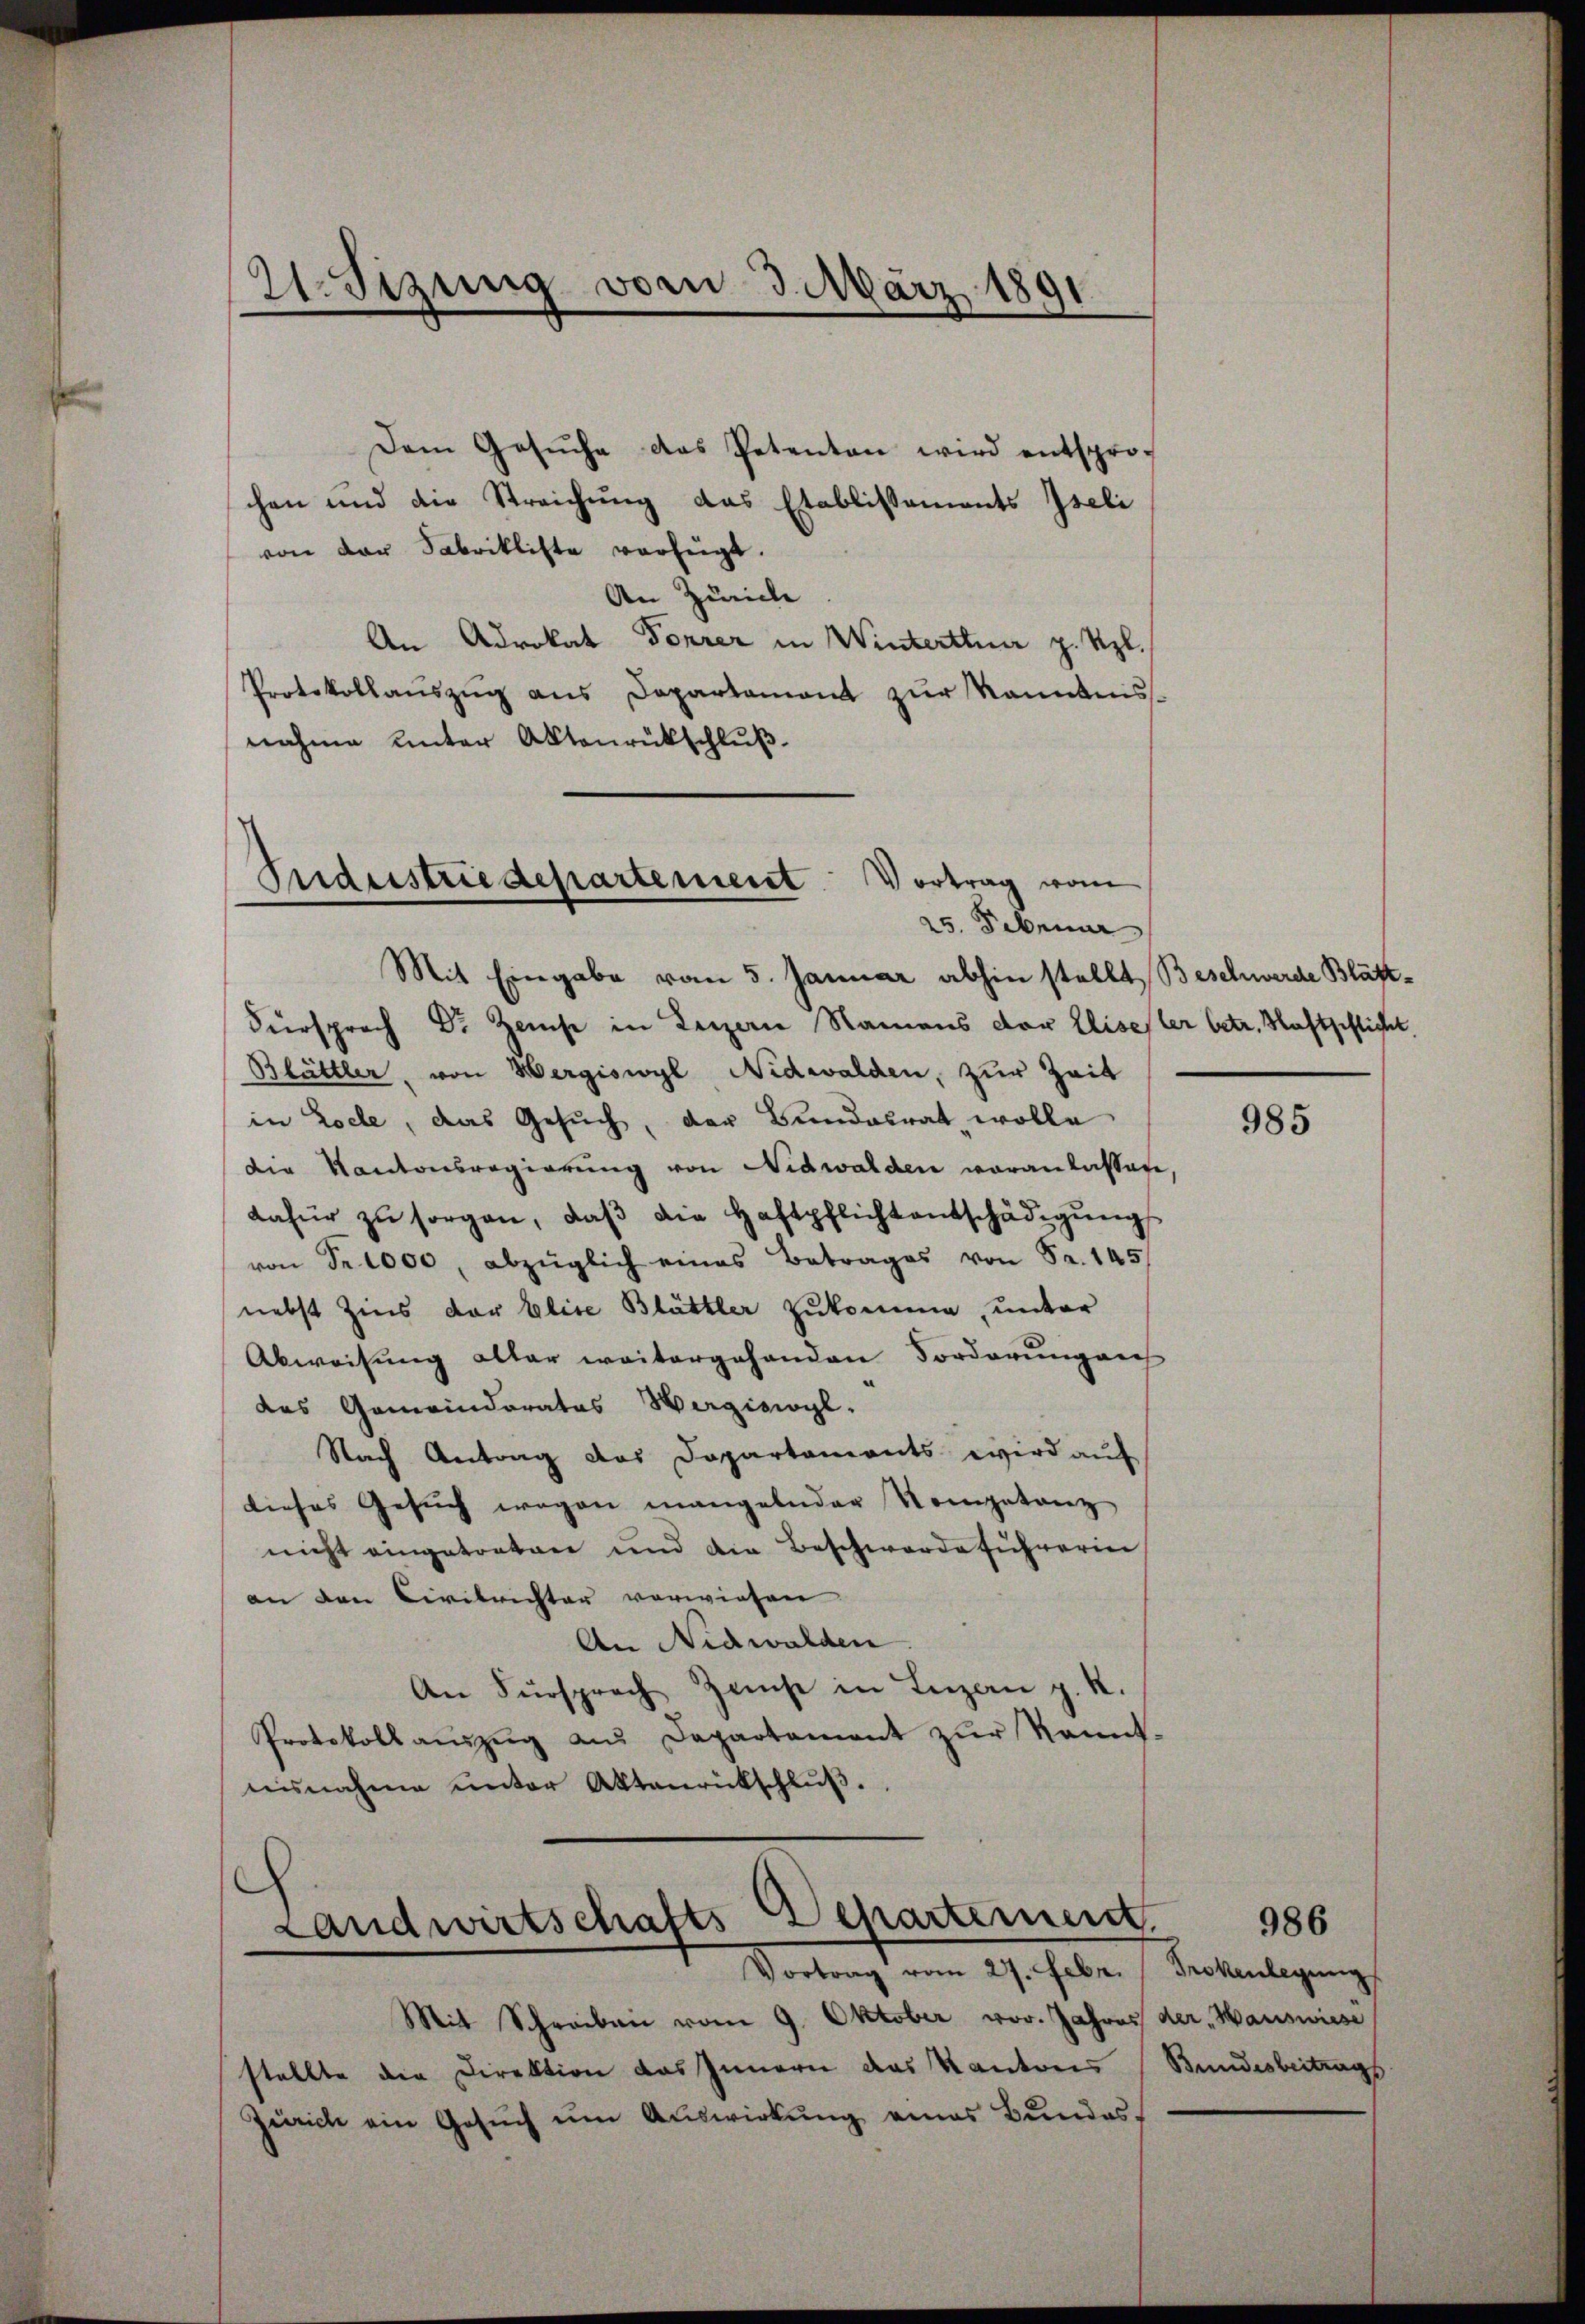
21. Sizung vom 3. März 1891
d
e

Dem Gesŭche das Petenton wird entsprochen und die Streichung das Etablissements Iseli
von der Fabrikliste verfügt.
An Zürich
An Advokat Forrer in Winterthun p. Uzl.
Protokollauszug aus Departament zur Kenntnis.
nahme unter Aktenrückschluß.

Fuderstriedepartement Vortrag vom
25. Februar

Mit Eingabe vom 5. Januar abhin stellt, Beschwerde Blätt¬
Fürsprach Dr Zeise in Lezzern Namens der Eliseller betr. Schaftspflicht.
Blättler, von Wergiswyl, Nidwalden, zur Zeit
in Loche, das Gesŭch, der Bundesrat wolle
die Kantonsregierung von Nidwalden veranlassene,
dafür zŭ sorgen, daβ die Haftpflichtentschädigŭng
von Fr. 1000, abzüglich eines Betrages von Fr. 145
nebst Zins der Elise Blättler zukomme, unter
Abweisung alter weitergehenden Forderung auf
das Gemeinderates Hergisoyl.
Nach Antrag das Departaments wird auf
dieses Gesŭch wegen mangelnder Kompetanz
nicht eingetreten und die Beschwerde führerin
an den Civilrichter vorwiesen
An Nidwalden
An Fürsprach Zinse in Luzan p. K.
Protokoll aŭszŭg aŭs Departament zŭr Kennt-
nisnahme unter Aktenrückschluß.
s
Landwirtschafts-Departement.
Vortrag vom 27. Febr. / Trokenlegung
Mit Schreiben vom 9. Oktober vor. Jahres der Hauswiese
stellte die Direktion das Innern das Kantons Bundesbeitrags
Zürich ein Gesŭch ŭm Aŭswirkung eines Bundes-

985

986